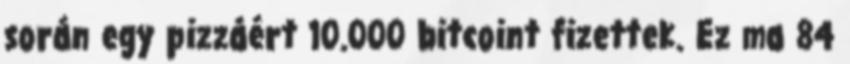
során egy pizzáért 10.000 bitcoint fizettek. Ez ma 84